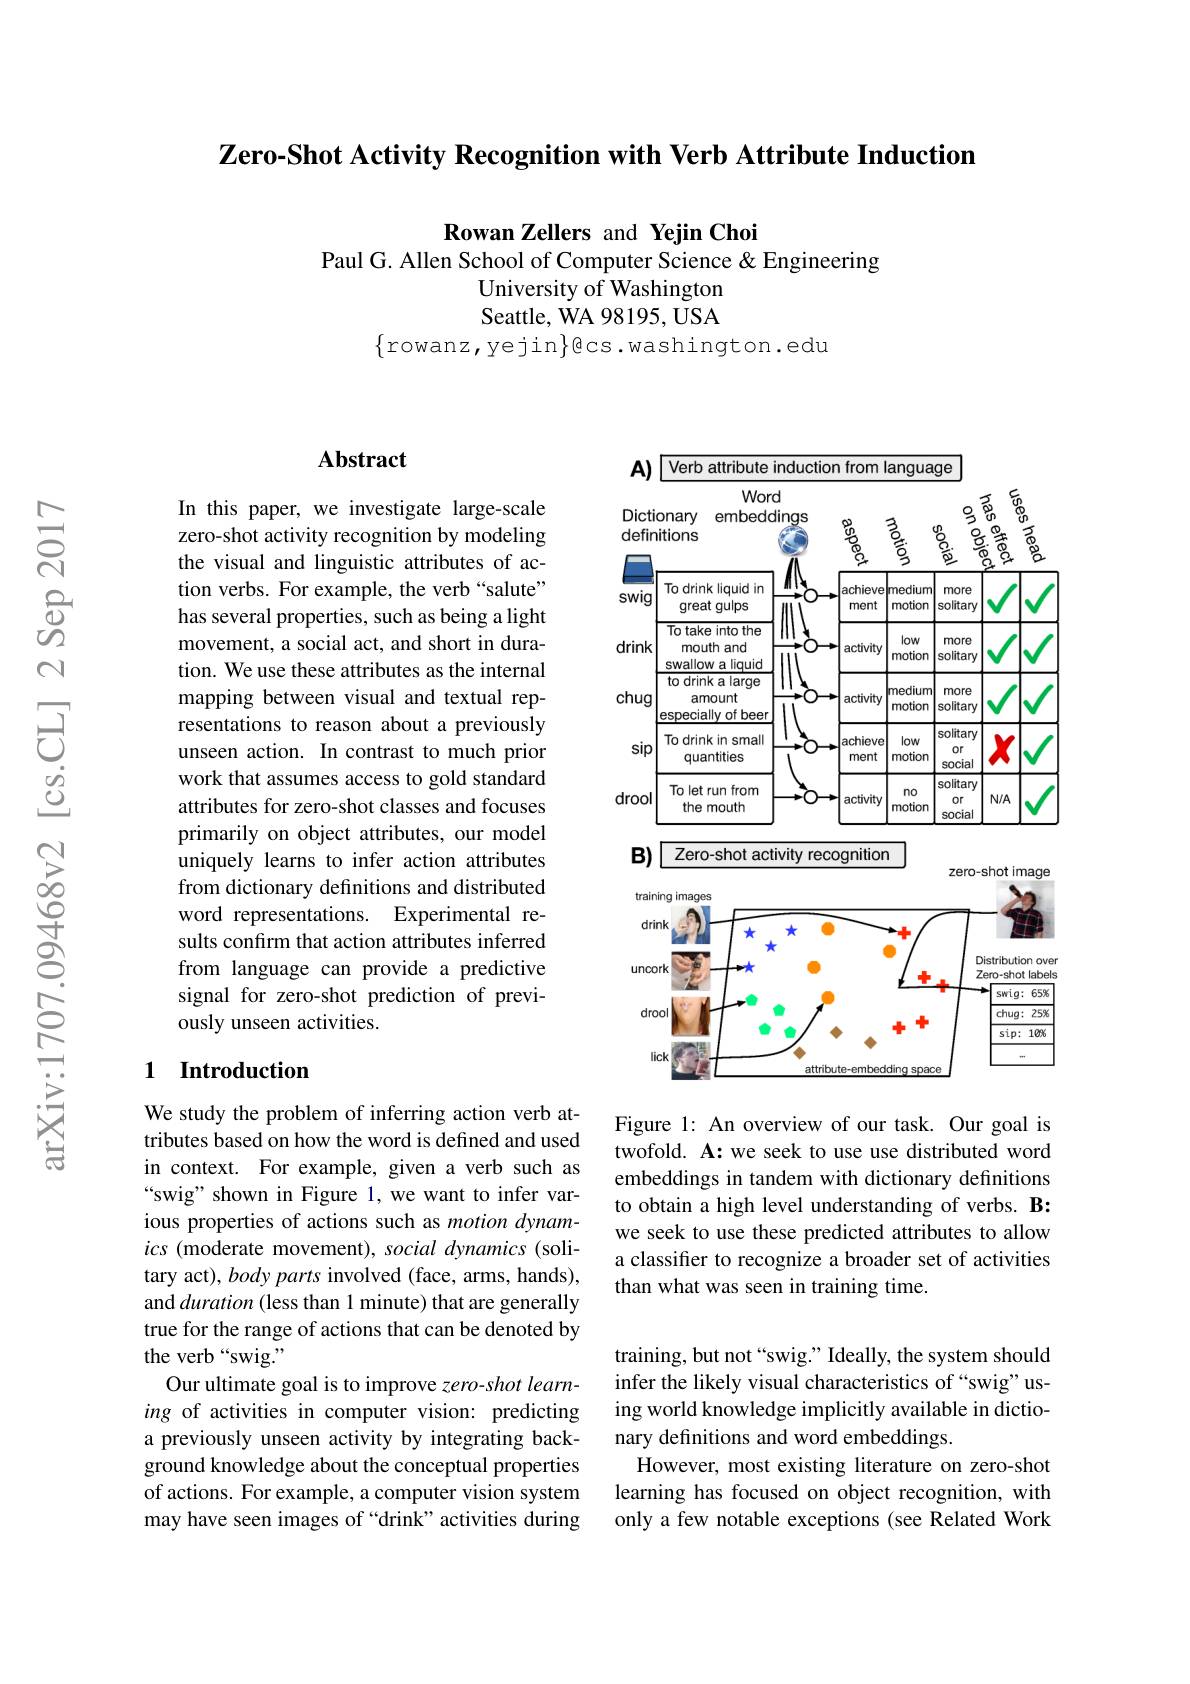
$\textbf{Zero- Shot Activity Recognition with Verb Attribute Induction}$

Rowan Zellers and Yejin Choi
Paul G. Allen School of Computer Science & Engineering
University of Washington Seattle, WA 98195, USA
$\{$rowanz,yejin$\}$es.washington.edu

## Abstract

In this paper, we investigate large-scale zero-shot activity recognition by modeling the visual and linguistic attributes of action verbs. For example, the verb “salute” has several properties, such as being a light movement, a social act, and short in duration. We use these attributes as the internal mapping between visual and textual representations to reason about a previously unseen action. In contrast to much prior work that assumes access to gold standard attributes for zero-shot classes and focuses primarily on object attributes, our model uniquely learns to infer action attributes from dictionary definitions and distributed word representations. Experimental results confirm that action attributes inferred from language can provide a predictive signal for zero-shot prediction of previously unseen activities.

### 1 Introduction

We study the problem of inferring action verb attributes based on how the word is defined and used in context. For example, given a verb such as “swig” shown in Figure 1, we want to infer various properties of actions such as motion dynamics (moderate movement), social dynamics (solitary act), body parts involved (face, arms, hands), and duration (less than 1 minute) that are generally true for the range of actions that can be denoted by the verb“swig.”
Our ultimate goal is to improve zero-shot learning of activities in computer vision: predicting a previously unseen activity by integrating background knowledge about the conceptual properties of actions. For example, a computer vision system may have seen images of “drink” activities during

<table>
	<tbody>
		<tr>
			<th>Dicti defin</th>
			<th>Word onary embeddings $\underline{8}$ 少 itions</th>
			<th>$\frac{3}{0}$</th>
			<th>9 $\textcircled{1}$ ୧</th>
			<th>$\underset{\textcircled{n}}{\operatorname*{\operatorname*{E}}}_{\textcircled{n}}$ $\Overrightarrow{\Phi}_{n}$ $ਛୁ$ $4V$ AL</th>
		</tr>
		<tr>
			<th>swig</th>
			<th>To drink liquid in achieve great gulps ment</th>
			<th>medium motion</th>
			<th>more solitary</th>
			<th> </th>
		</tr>
		<tr>
			<td>drink</td>
			<td>To take into the mouth and activity $|a||a|$ linuin</td>
			<td>low motion</td>
			<td>more solitary</td>
			<td> </td>
		</tr>
		<tr>
			<td>chug</td>
			<td>JVV GIL to drink a large amount activity eciallv af hee</td>
			<td>medium motion</td>
			<td>more solitary</td>
			<td> </td>
		</tr>
		<tr>
			<td>sip</td>
			<td>To drink in small achieve quantities ment</td>
			<td>low motion</td>
			<td>solitary or social</td>
			<td>$X$</td>
		</tr>
		<tr>
			<td>drool</td>
			<td>To let run from activity the mouth</td>
			<td>no motion</td>
			<td>solitary Or social</td>
			<td>$N/A$</td>
		</tr>
		<tr>
			<td>$B)$</td>
			<td>Zero-shot activity recognitio</td>
			<td>1</td>
			<td>zero-s</td>
			<td>shot image</td>
		</tr>
		<tr>
			<td>train dril</td>
			<td>ing images $1k$</td>
			<td>十</td>
			<td>LUIV Di</td>
			<td>19 Trinuy Distribution over</td>
		</tr>
		<tr>
			<td>unco drc IF</td>
			<td>rk ol $zk$</td>
			<td>1</td>
			<td>$Z\epsilon$</td>
			<td>ISUTDULIUI OVE 2ero-shot labels swig: 658 $chug:$ $25\%$ sip: 10006</td>
		</tr>
	</tbody>
</table>
twofold. A: we seek to use use distributed word

embeddings in tandem with dictionary definitions to obtain a high level understanding of verbs. B: we seek to use these predicted attributes to allow a classifier to recognize a broader set of activities than what was seen in training time.

training, but not “swig.” Ideally, the system should infer the likely visual characteristics of “swig”using world knowledge implicitly available in dictionary definitions and word embeddings.
However, most existing literature on zero-shot learning has focused on object recognition, with only a few notable exceptions (see Related Work